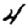
Digit: 4